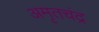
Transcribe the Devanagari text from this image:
अमृतचंद्र